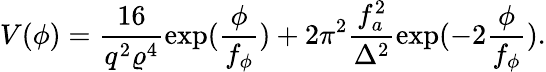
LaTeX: V(\phi)=\frac{16}{q^{2}\varrho^{4}}\exp(\frac{\phi}{f_{\phi}})+2\pi^{2}\frac{f_{a}^{2}}{\Delta^{2}}\exp(-2\frac{\phi}{f_{\phi}}).